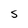
Character: S